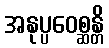
အနုပ္ပဝေစ္ဆန္တိ